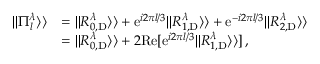
\begin{array} { r l } { | | \Pi _ { l } ^ { \lambda } \rangle \rangle } & { = | | R _ { 0 , \mathrm { D } } ^ { \lambda } \rangle \rangle + \mathrm { e } ^ { i 2 \pi l / 3 } | | R _ { 1 , \mathrm { D } } ^ { \lambda } \rangle \rangle + \mathrm { e } ^ { - i 2 \pi l / 3 } | | R _ { 2 , \mathrm { D } } ^ { \lambda } \rangle \rangle } \\ & { = | | R _ { 0 , \mathrm { D } } ^ { \lambda } \rangle \rangle + 2 \mathrm { R e } [ \mathrm { e } ^ { i 2 \pi l / 3 } | | R _ { 1 , \mathrm { D } } ^ { \lambda } \rangle \rangle ] \, , } \end{array}